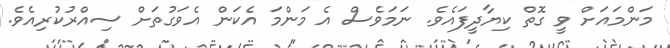
މަންމައަށް ވީ ގޮތް ކިޔާދީފައެވެ. ނަމަވެސް އެ މަންމަ އެކަން އެވަގުތަށް ސިއްރުކުރިއެވެ.